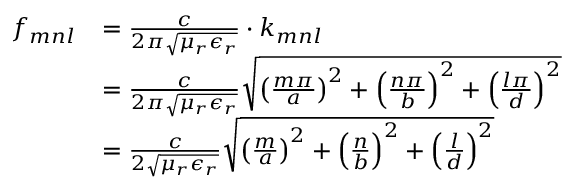
{ \begin{array} { r l } { f _ { m n l } } & { = { \frac { c } { 2 \pi { \sqrt { \mu _ { r } \epsilon _ { r } } } } } \cdot k _ { m n l } } \\ & { = { \frac { c } { 2 \pi { \sqrt { \mu _ { r } \epsilon _ { r } } } } } { \sqrt { \left( { \frac { m \pi } { a } } \right) ^ { 2 } + \left( { \frac { n \pi } { b } } \right) ^ { 2 } + \left( { \frac { l \pi } { d } } \right) ^ { 2 } } } } \\ & { = { \frac { c } { 2 { \sqrt { \mu _ { r } \epsilon _ { r } } } } } { \sqrt { \left( { \frac { m } { a } } \right) ^ { 2 } + \left( { \frac { n } { b } } \right) ^ { 2 } + \left( { \frac { l } { d } } \right) ^ { 2 } } } } \end{array} }